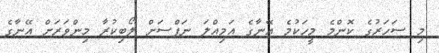
މި ސަހަރުގެ ކޮންމެ މީހަކުމެ އޭނާގެ އަމިއްލަ ނަފްސަށް ލޯބިކުރާ މިންވަރަށް އޭނާގެ